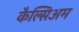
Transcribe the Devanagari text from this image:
कैल्सिअम